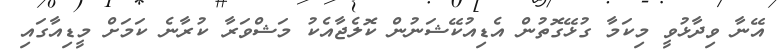
އޭނާ ވިދާޅުވީ މިކަމާ ގުޅޭގޮތުން އެޑިއުކޭޝަނުން ކޮލެޖާއެކު މަޝްވަރާ ކުރާނެ ކަމަށް މީޑިއާގައި